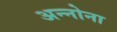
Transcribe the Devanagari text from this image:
अन्नोना